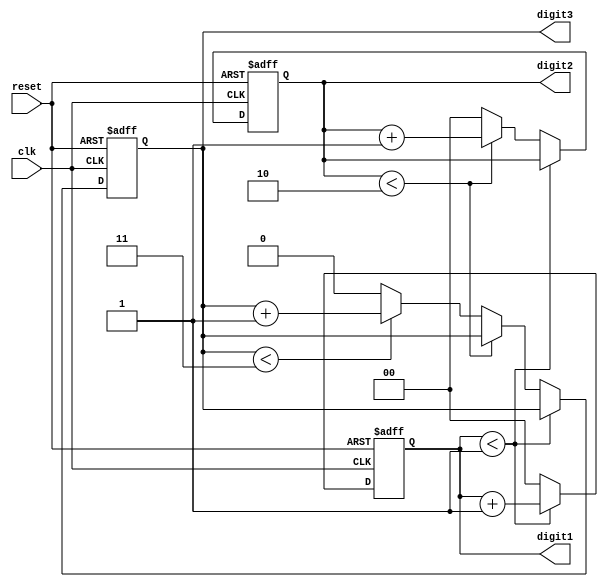
module mixed_radix_counter (
    input wire clk,          // Clock input
    input wire reset,        // Asynchronous reset
    output reg [1:0] digit1, // Base 2 counter (2 bits)
    output reg [1:0] digit2, // Base 3 counter (2 bits)
    output reg [1:1] digit3  // Base 4 counter (2 bits)
);

    // Maximum values for each digit based on their radix
    localparam MAX_DIGIT1 = 2; // Base 2: counts 0, 1
    localparam MAX_DIGIT2 = 3; // Base 3: counts 0, 1, 2
    localparam MAX_DIGIT3 = 4; // Base 4: counts 0, 1, 2, 3

    always @(posedge clk or posedge reset) begin
        if (reset) begin
            // Reset all digits to 0
            digit1 <= 0;
            digit2 <= 0;
            digit3 <= 0;
        end else begin
            // Increment digit1 (base 2)
            if (digit1 < MAX_DIGIT1 - 1) begin
                digit1 <= digit1 + 1;
            end else begin
                digit1 <= 0; // Reset digit1
                // Increment digit2 (base 3)
                if (digit2 < MAX_DIGIT2 - 1) begin
                    digit2 <= digit2 + 1;
                end else begin
                    digit2 <= 0; // Reset digit2
                    // Increment digit3 (base 4)
                    if (digit3 < MAX_DIGIT3 - 1) begin
                        digit3 <= digit3 + 1;
                    end else begin
                        digit3 <= 0; // Reset digit3
                    end
                end
            end
        end
    end
endmodule